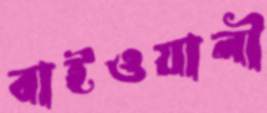
বাইওয়ালী